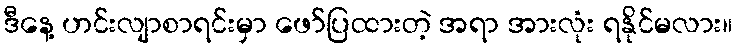
ဒီနေ့ ဟင်းလျာစာရင်းမှာ ဖော်ပြထားတဲ့ အရာ အားလုံး ရနိုင်မလား။